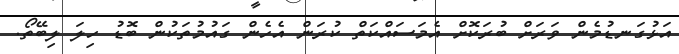
އަޅުގަނޑުމެން ވަރަށް ބުރަކޮށް އެމަސައްކަތް ކުރަން އެހެން ގައުމުތަކުން ބޮޑު ހިލަ ލިބޭތޯ.